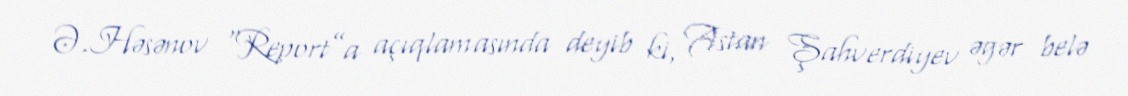
Ə.Həsənov “Report”a açıqlamasında deyib ki, Astan Şahverdiyev əgər belə